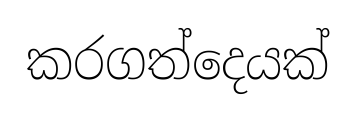
කරගත්දෙයක්